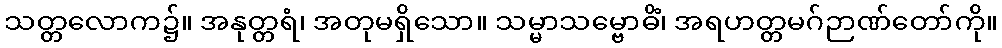
သတ္တလောက၌။ အနုတ္တရံ၊ အတုမရှိသော။ သမ္မာသမ္ဗောဓိံ၊ အရဟတ္တမဂ်ဉာဏ်တော်ကို။